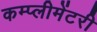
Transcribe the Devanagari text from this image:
कम्प्लीमेंटरी